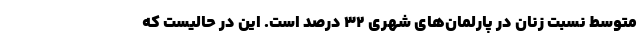
متوسط نسبت زنان در پارلمان‌های شهری 32 درصد است. این در حالیست که